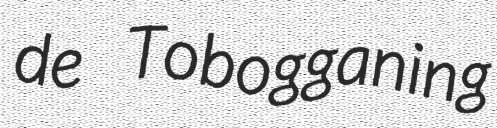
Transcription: de Tobogganing